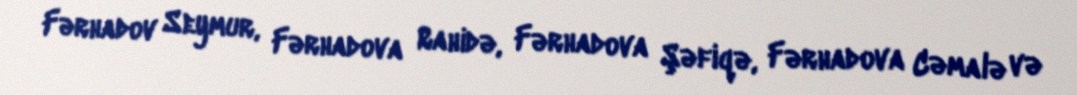
Fərhadov Seymur, Fərhadova Rahidə, Fərhadova Şəfiqə, Fərhadova Cəmalə və